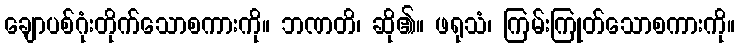
ချောပစ်ဂုံးတိုက်သောစကားကို။ ဘဏတိ၊ ဆို၏။ ဖရုသံ၊ ကြမ်းကြုတ်သောစကားကို။